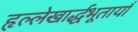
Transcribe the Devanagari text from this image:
हृल्लेखार्द्धभूतायाँ